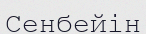
Сенбейін